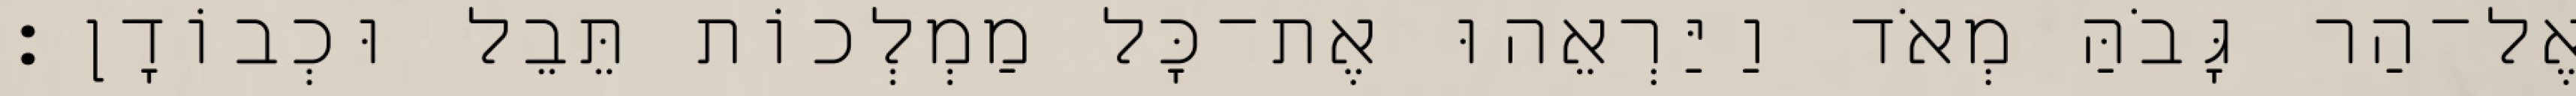
אֶל־הַר גָּבֹהַּ מְאֹד וַיַּרְאֵהוּ אֶת־כָּל מַמְלְכוֹת תֵּבֵל וּכְבוֹדָן׃